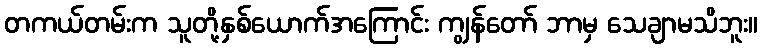
တကယ်တမ်းက သူတို့နှစ်ယောက်အကြောင်း ကျွန်တော် ဘာမှ သေချာမသိဘူး။